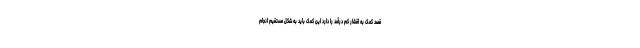
قصد کمک به اقشار کم درآمد را دارد این کمک باید به شکل مستقیم انجام